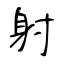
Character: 射